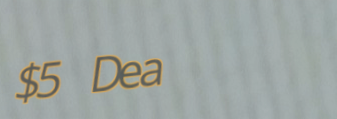
$5 Deal